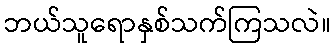
ဘယ်သူရောနှစ်သက်ကြသလဲ။